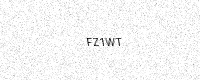
Text: FZ1WT